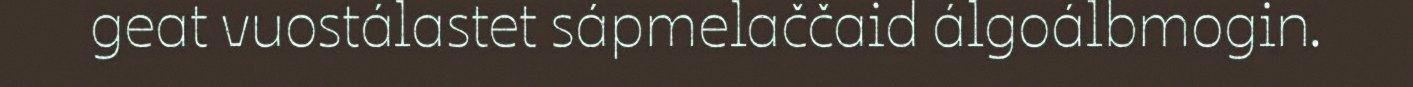
geat vuostálastet sápmelaččaid álgoálbmogin.